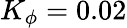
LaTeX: K_{\phi}=0.02